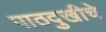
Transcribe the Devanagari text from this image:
पाठदुखीचे